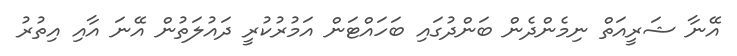
އޭނާ ޝަރީއަތް ނިމެންދެން ބަންދުގައި ބަހައްޓަން އަމުރުކުރީ ދައުލަތުން އޭނަ އާއި އިތުރު